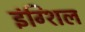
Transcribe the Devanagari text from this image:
इंग्शिल